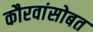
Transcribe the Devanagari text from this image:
कौरवांसोबत